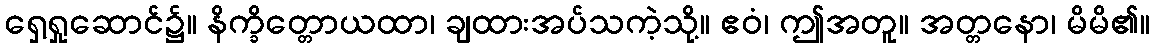
ရှေ့ရှုဆောင်၌။ နိက္ခိတ္တောယထာ၊ ချထားအပ်သကဲ့သို့။ ဧဝံ၊ ဤအတူ။ အတ္တနော၊ မိမိ၏။